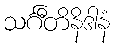
သင်္ဂီတိနိဒါနံ